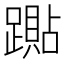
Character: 𰸭